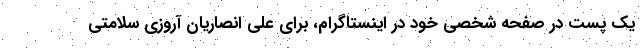
یک پست در صفحه شخصی خود در اینستاگرام، برای علی انصاریان آروزی سلامتی